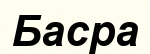
Басра